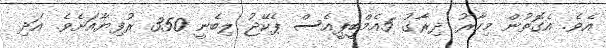
އެވެ. އެގޮތުން މިހާރު ދިރާގު 5އެމްބީޕީއެސް ޕެކޭޖު ލިބެނީ 350 ރުފިޔާއަށެވެ. އަދި